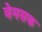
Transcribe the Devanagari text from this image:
वेमसक